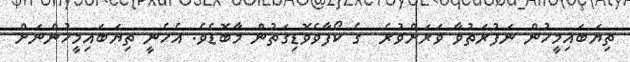
ތިޔަބައިމީހުން ނަފުރަތުވާ ވަރަށްވުރެ  ގެ ކޯފާވެވޮޑިގަތުން މާބޮޑެވެ. އެހެނީ ތިޔަބައިމީހުންނަށް